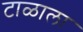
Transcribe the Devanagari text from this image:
टाळाला